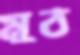
মুঠ